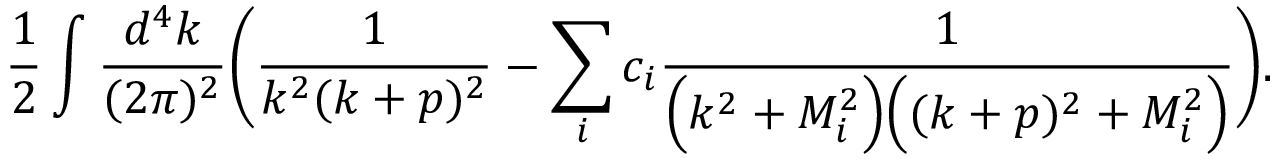
\frac { 1 } { 2 } \int \frac { d ^ { 4 } k } { ( 2 \pi ) ^ { 2 } } \Bigg ( \frac { 1 } { k ^ { 2 } ( k + p ) ^ { 2 } } - \sum _ { i } c _ { i } \frac { 1 } { \Big ( k ^ { 2 } + M _ { i } ^ { 2 } \Big ) \Big ( ( k + p ) ^ { 2 } + M _ { i } ^ { 2 } \Big ) } \Bigg ) .